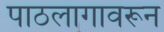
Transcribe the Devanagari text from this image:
पाठलागावरून